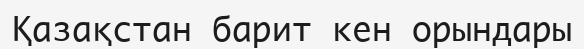
Қазақстан барит кен орындары